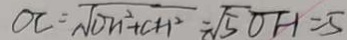
O C = \sqrt { D n ^ { 2 } + c H ^ { 2 } } - \sqrt { 5 0 F - 1 } = 5